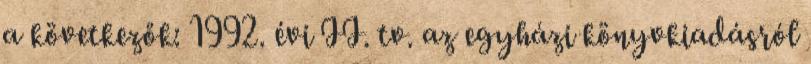
a következők: 1992. évi II. tv. az egyházi könyvkiadásról